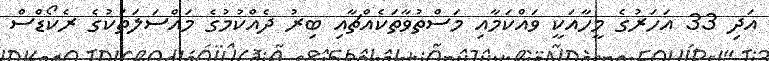
އަދި 33 އަހަރުގެ މީހާއަކީ ވައްކަމާއި މަސްތުވާތަކެއްޗާއި ބިރު ދެއްކުމުގެ މައްސަލަތަކުގެ ރެކޯޑްސް